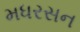
મધરસન